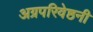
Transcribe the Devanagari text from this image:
अग्रपरिवेष्ठनी